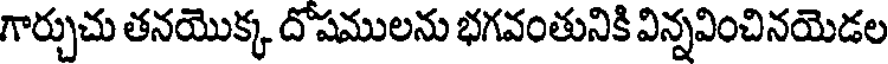
గార్చుచు తనయొక్క దోషములను భగవంతునికి విన్నవించినయెడల